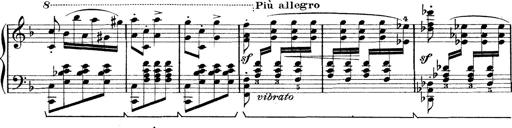
Title: Rapsodie: 19 ungheresi, 1 spagnuola
Composer: Franz Liszt